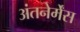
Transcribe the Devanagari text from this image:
अंतनेर्मेंस